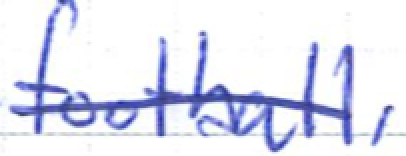
Text: football,
Cross-out: single-line
Writing tool: ballpoint